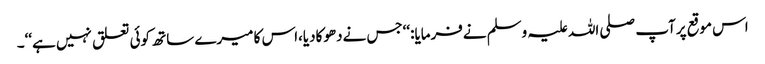
اس موقع پرآپ صلی اللہ علیہ وسلم نےفرمایا:‘‘جس نےدھوکادیا،اس کا میرے ساتھ کوئی تعلق نہیں ہے‘‘۔